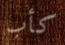
كأب